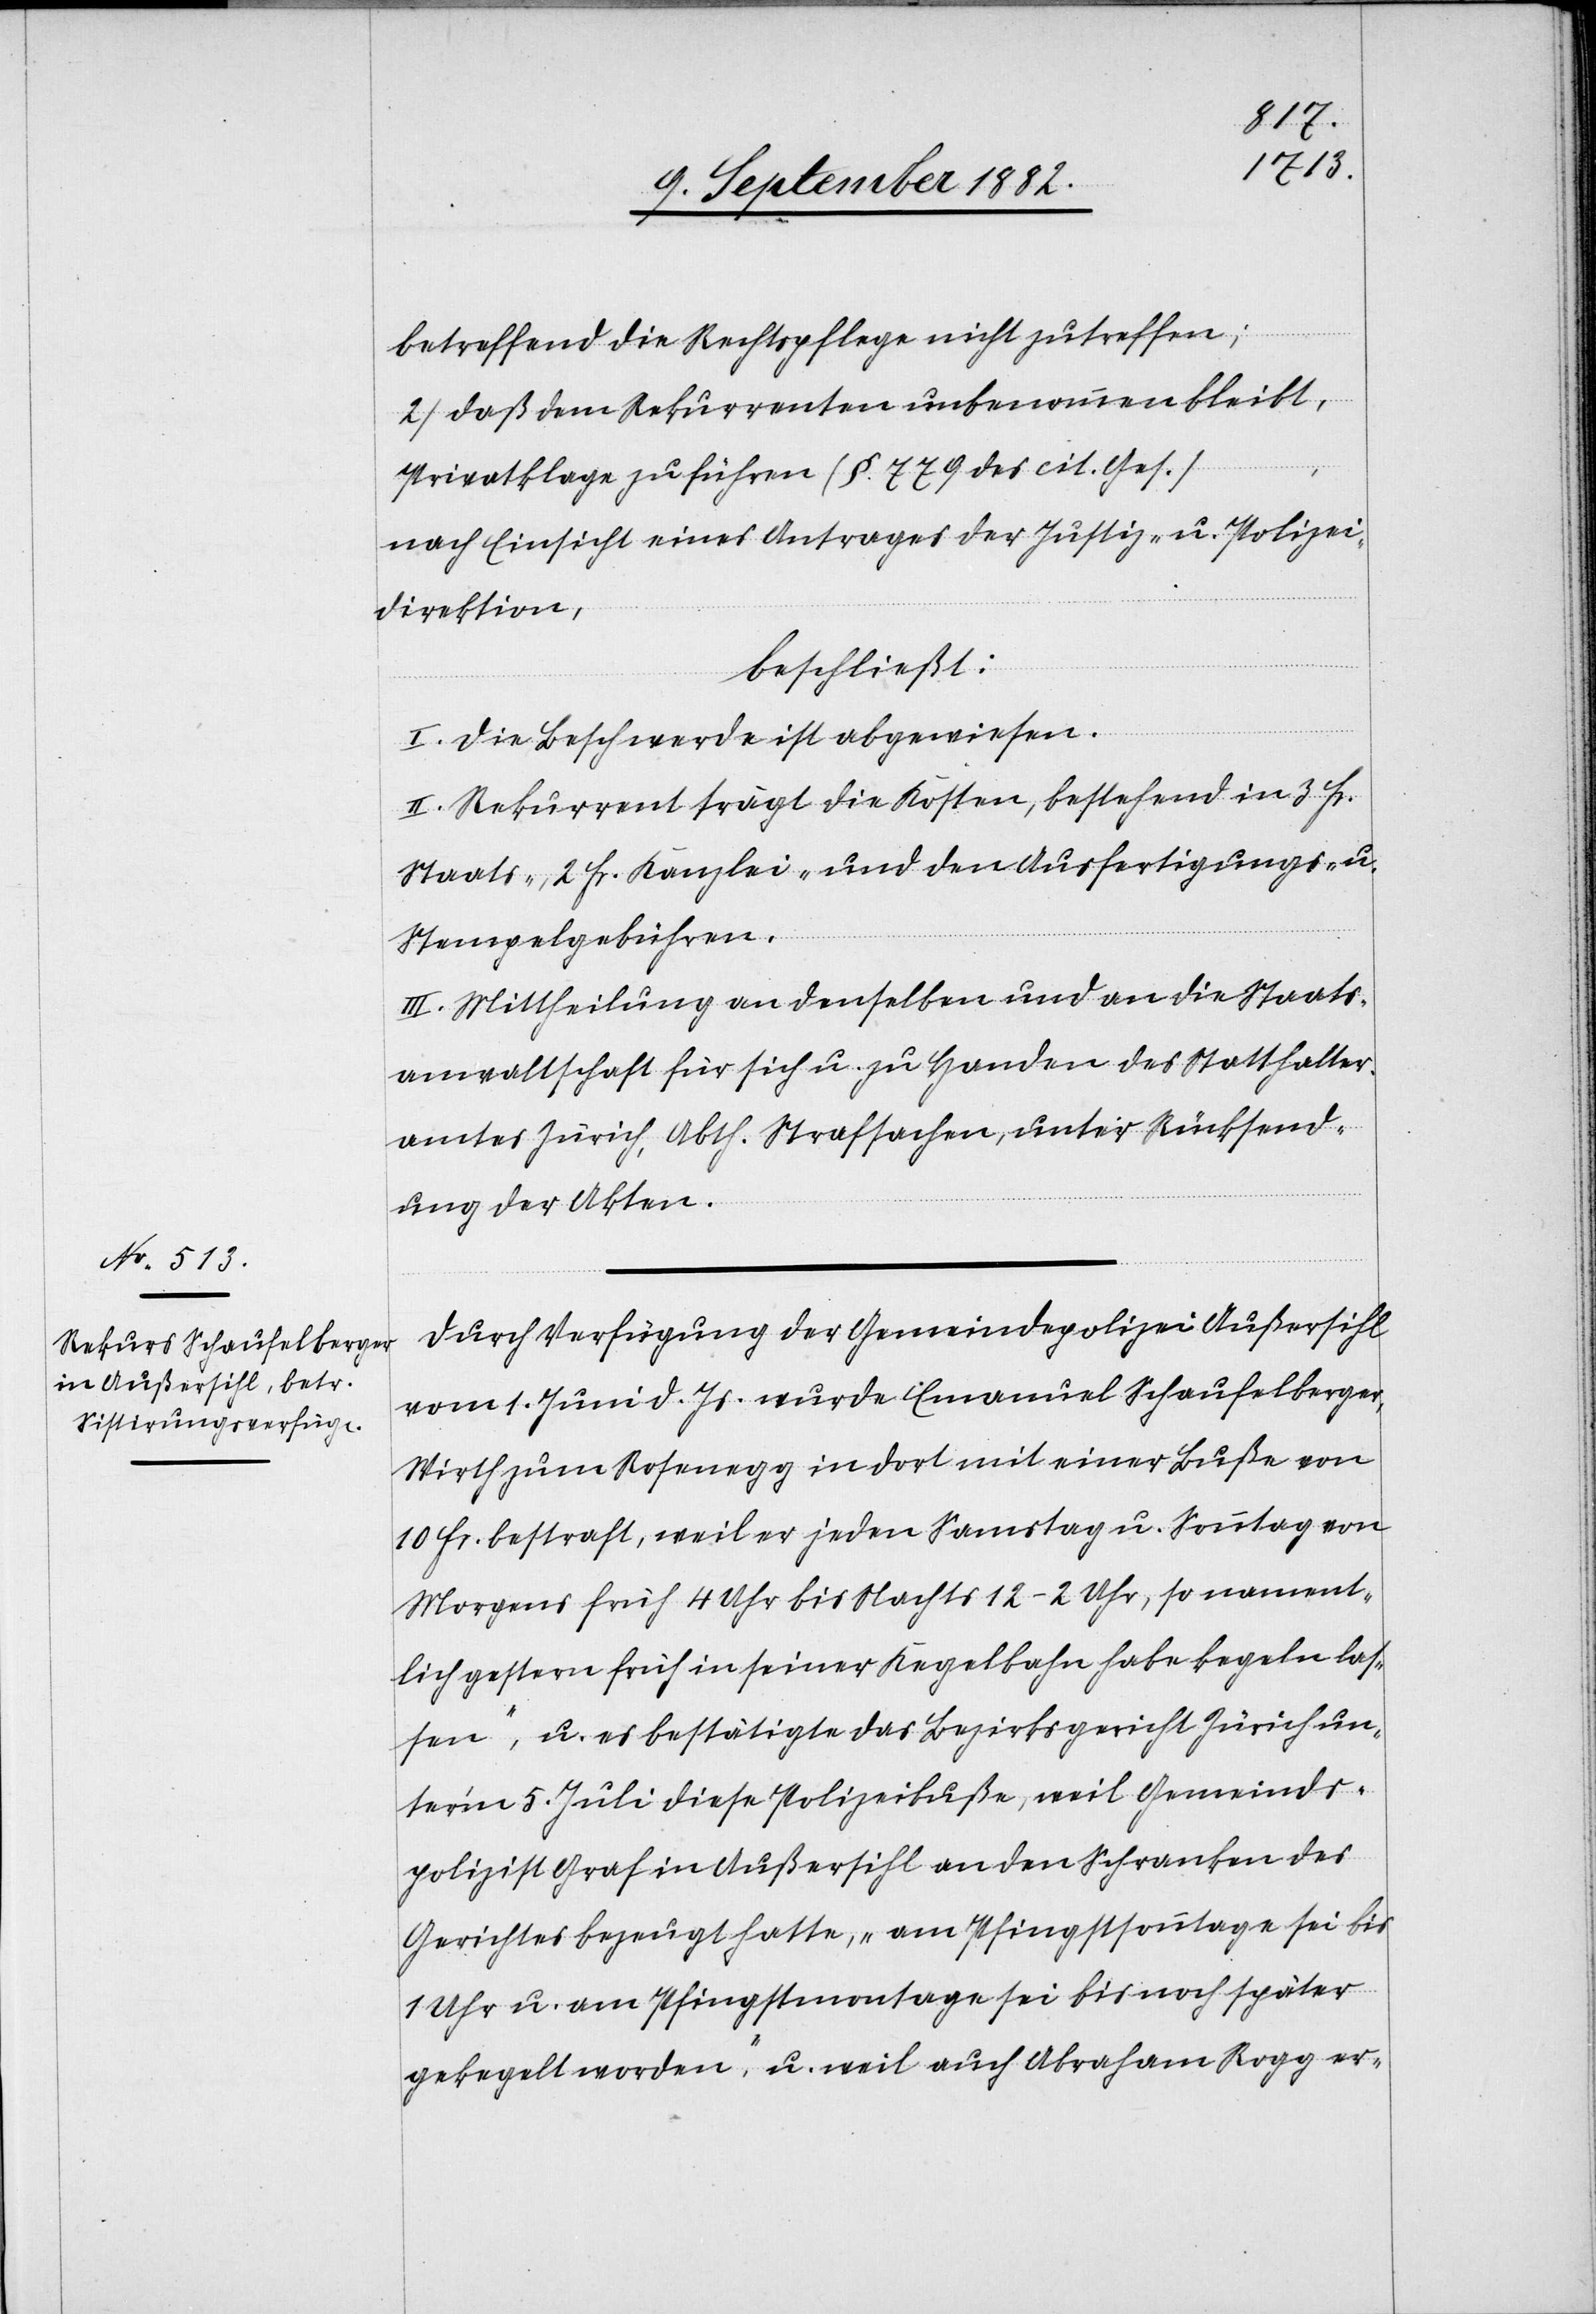
betreffend die Rechtspflege nicht zutreffen;
2) daß dem Rekurrenten unbenommen bleibt,
Privatklage zu führen (§. 779 des cit. Ges.)
nach Einsicht eines Antrages der Justiz- & Polizei¬
direktion,
beschließt:
I. Die Beschwerde ist abgewiesen.
II. Rekurrent trägt die Kosten, bestehend in 3 Fr.
Staats-, 2 Fr. Kanzlei- und den Ausfertigungs- u.
Stempelgebühren.
III. Mittheilung an denselben und an die Staats¬
anwaltschaft für sich u. zu Handen des Statthalter¬
amtes Zürich Abth. Strafsachen, unter Rücksend¬
ung der Akten.
Durch Verfügung der Gemeindepolizei Außersihl
vom 1. Juni d. Js. wurde Emanuel Schaufelberger,
Wirth zum Rosenegg in dort mit einer Buße von
10 Fr. bestraft, weil er jeden Samstag u. Sonntag von
Morgens früh 4 Uhr bis Nachts 12–2 Uhr, so nament¬
lich gestern früh in seiner Kegelbahn habe [„]kegeln las¬
sen“, u. es bestätigte das Bezirksgericht Zürich un¬
ter’m 5. Juli diese Polizeibuße, weil Gemeinds¬
polizist Graf in Außersihl an den Schranken des
Gerichtes bezeugt hatte, „am Pfingstsonntage sei bis
Uhr u. am Pfingstmontage sei bis nach später
gekegelt worden“, u. weil auch Abraham Rogg er-